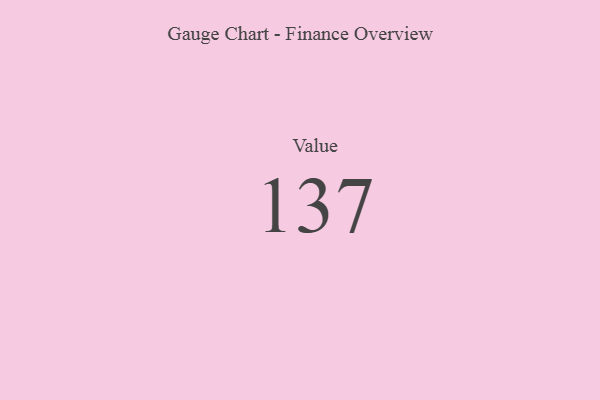
{"axis": {"x": "Metric", "y": "Value"}, "legend": [""], "data": [{"x": "Value", "y": 137, "type": ""}]}